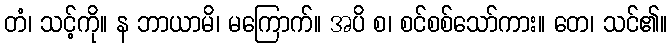
တံ၊ သင့်ကို။ န ဘာယာမိ၊ မကြောက်။ အပိ စ၊ စင်စစ်သော်ကား။ တေ၊ သင်၏။